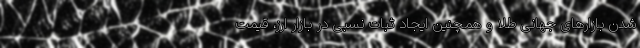
شدن بازارهای جهانی طلا و همچنین ایجاد ثبات نسبی در بازار ارز، قیمت